Newspaper: The daily Cairo bulletin.
Place of publication: Cairo, Ill.
Publisher: Thos. Nally
Date: 1880-07-14 00:00:00
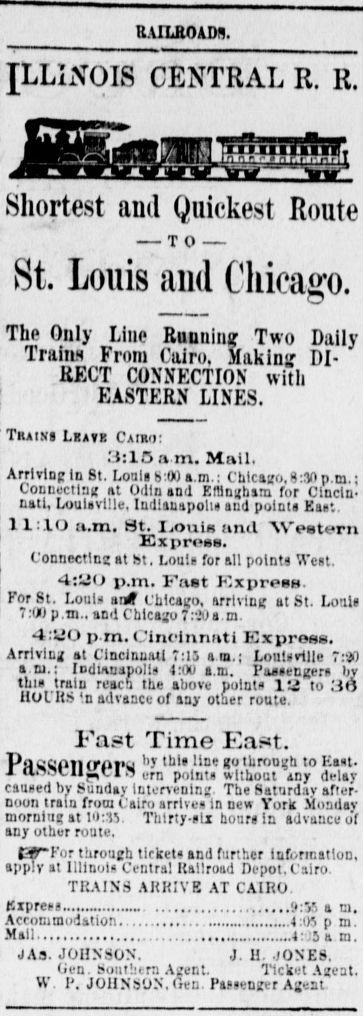
Advertisement text (OCR):
RAILROADS. ILLINOIS CENTRAL R. R. Shortest and Quickest Route TO St. Louis and Chicago. The Only Line Runniii? Two Daily Trains From Cairo, Makinj DI RECT CONNECTION' with EASTERN LINES. Train Lksti Cairo: 3:15 a m. Mail. Arriving In St. Lout S:00 a.m.: Chicago, S:3ft p.m.; Connecting at Odin and Elflngham for Cincin nati, Louisville, Indiauapoli aud point Kas'.. 11:10 a.m. St. IiOuia and "Western Express. Connecting at St. Lou! for all point West. 4:yJ p.m. Fat Kx press. For St. Louis aif Chicago, arriving at St. Louis I'M p.m.. and Chicago 7 :--'i) a.m. 4:UO p.m. Cincinnati Kx press. Arriving at CinclnufUl 7:15 am.; Loulsvtlle 7:- a ni.; lodinnapolls M a.m. Passengers liv this train reach the above point ll to 3(3 HOl'HS '.n advance of any other route. Fat Time East. P'l'SftOtHriiru ,,T lln Uothroogh to East-a'-'l-11! em points without any delay caused by Sunday Intervening. The Saturday after noon train from Cairo arrives in new York Siondav morning at l')::iy Thirty-six hour in advance o'f any other route. WPor through tirkets and further Information, apply at Illinois Central Railroud Depot, Cairo. TRAINS ARRIVE AT CAIRO. Bxpre :Vi a ni. Accommodation 4;ifi p m. Mail 4: , 5 a m. JAs. JOHNSON. . II. JONES. Cien. Southern Agent. Ticket Agent. W. P. JOHNSON. (Ven. Passenger Agent
Label: illustrations